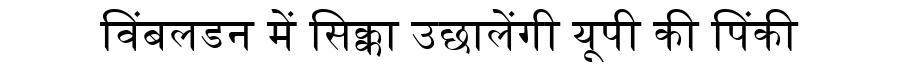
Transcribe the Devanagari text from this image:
विंबलडन में सिक्का उछालेंगी यूपी की पिंकी